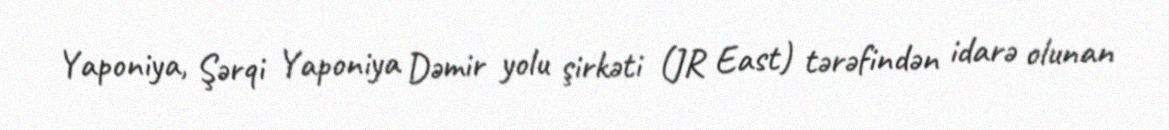
Yaponiya, Şərqi Yaponiya Dəmir yolu şirkəti (JR East) tərəfindən idarə olunan